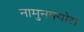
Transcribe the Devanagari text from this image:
नामुनक्योरा